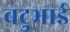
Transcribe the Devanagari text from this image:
बटुभाई